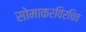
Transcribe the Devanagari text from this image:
सोमाकरविरचित